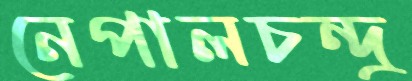
নেপালচন্দ্র